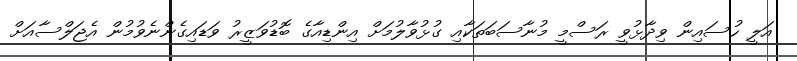
އަލީ ހުސައިން ވިދާޅުވީ ރަސްމީ މުނާސަބަތަކާއި ގުޅުވާލުމަށް އިންޑިއާގެ ބޮޑުވަޒީރު ވަޑައިގެންނެވުމުން އެޖަލްސާއަށް